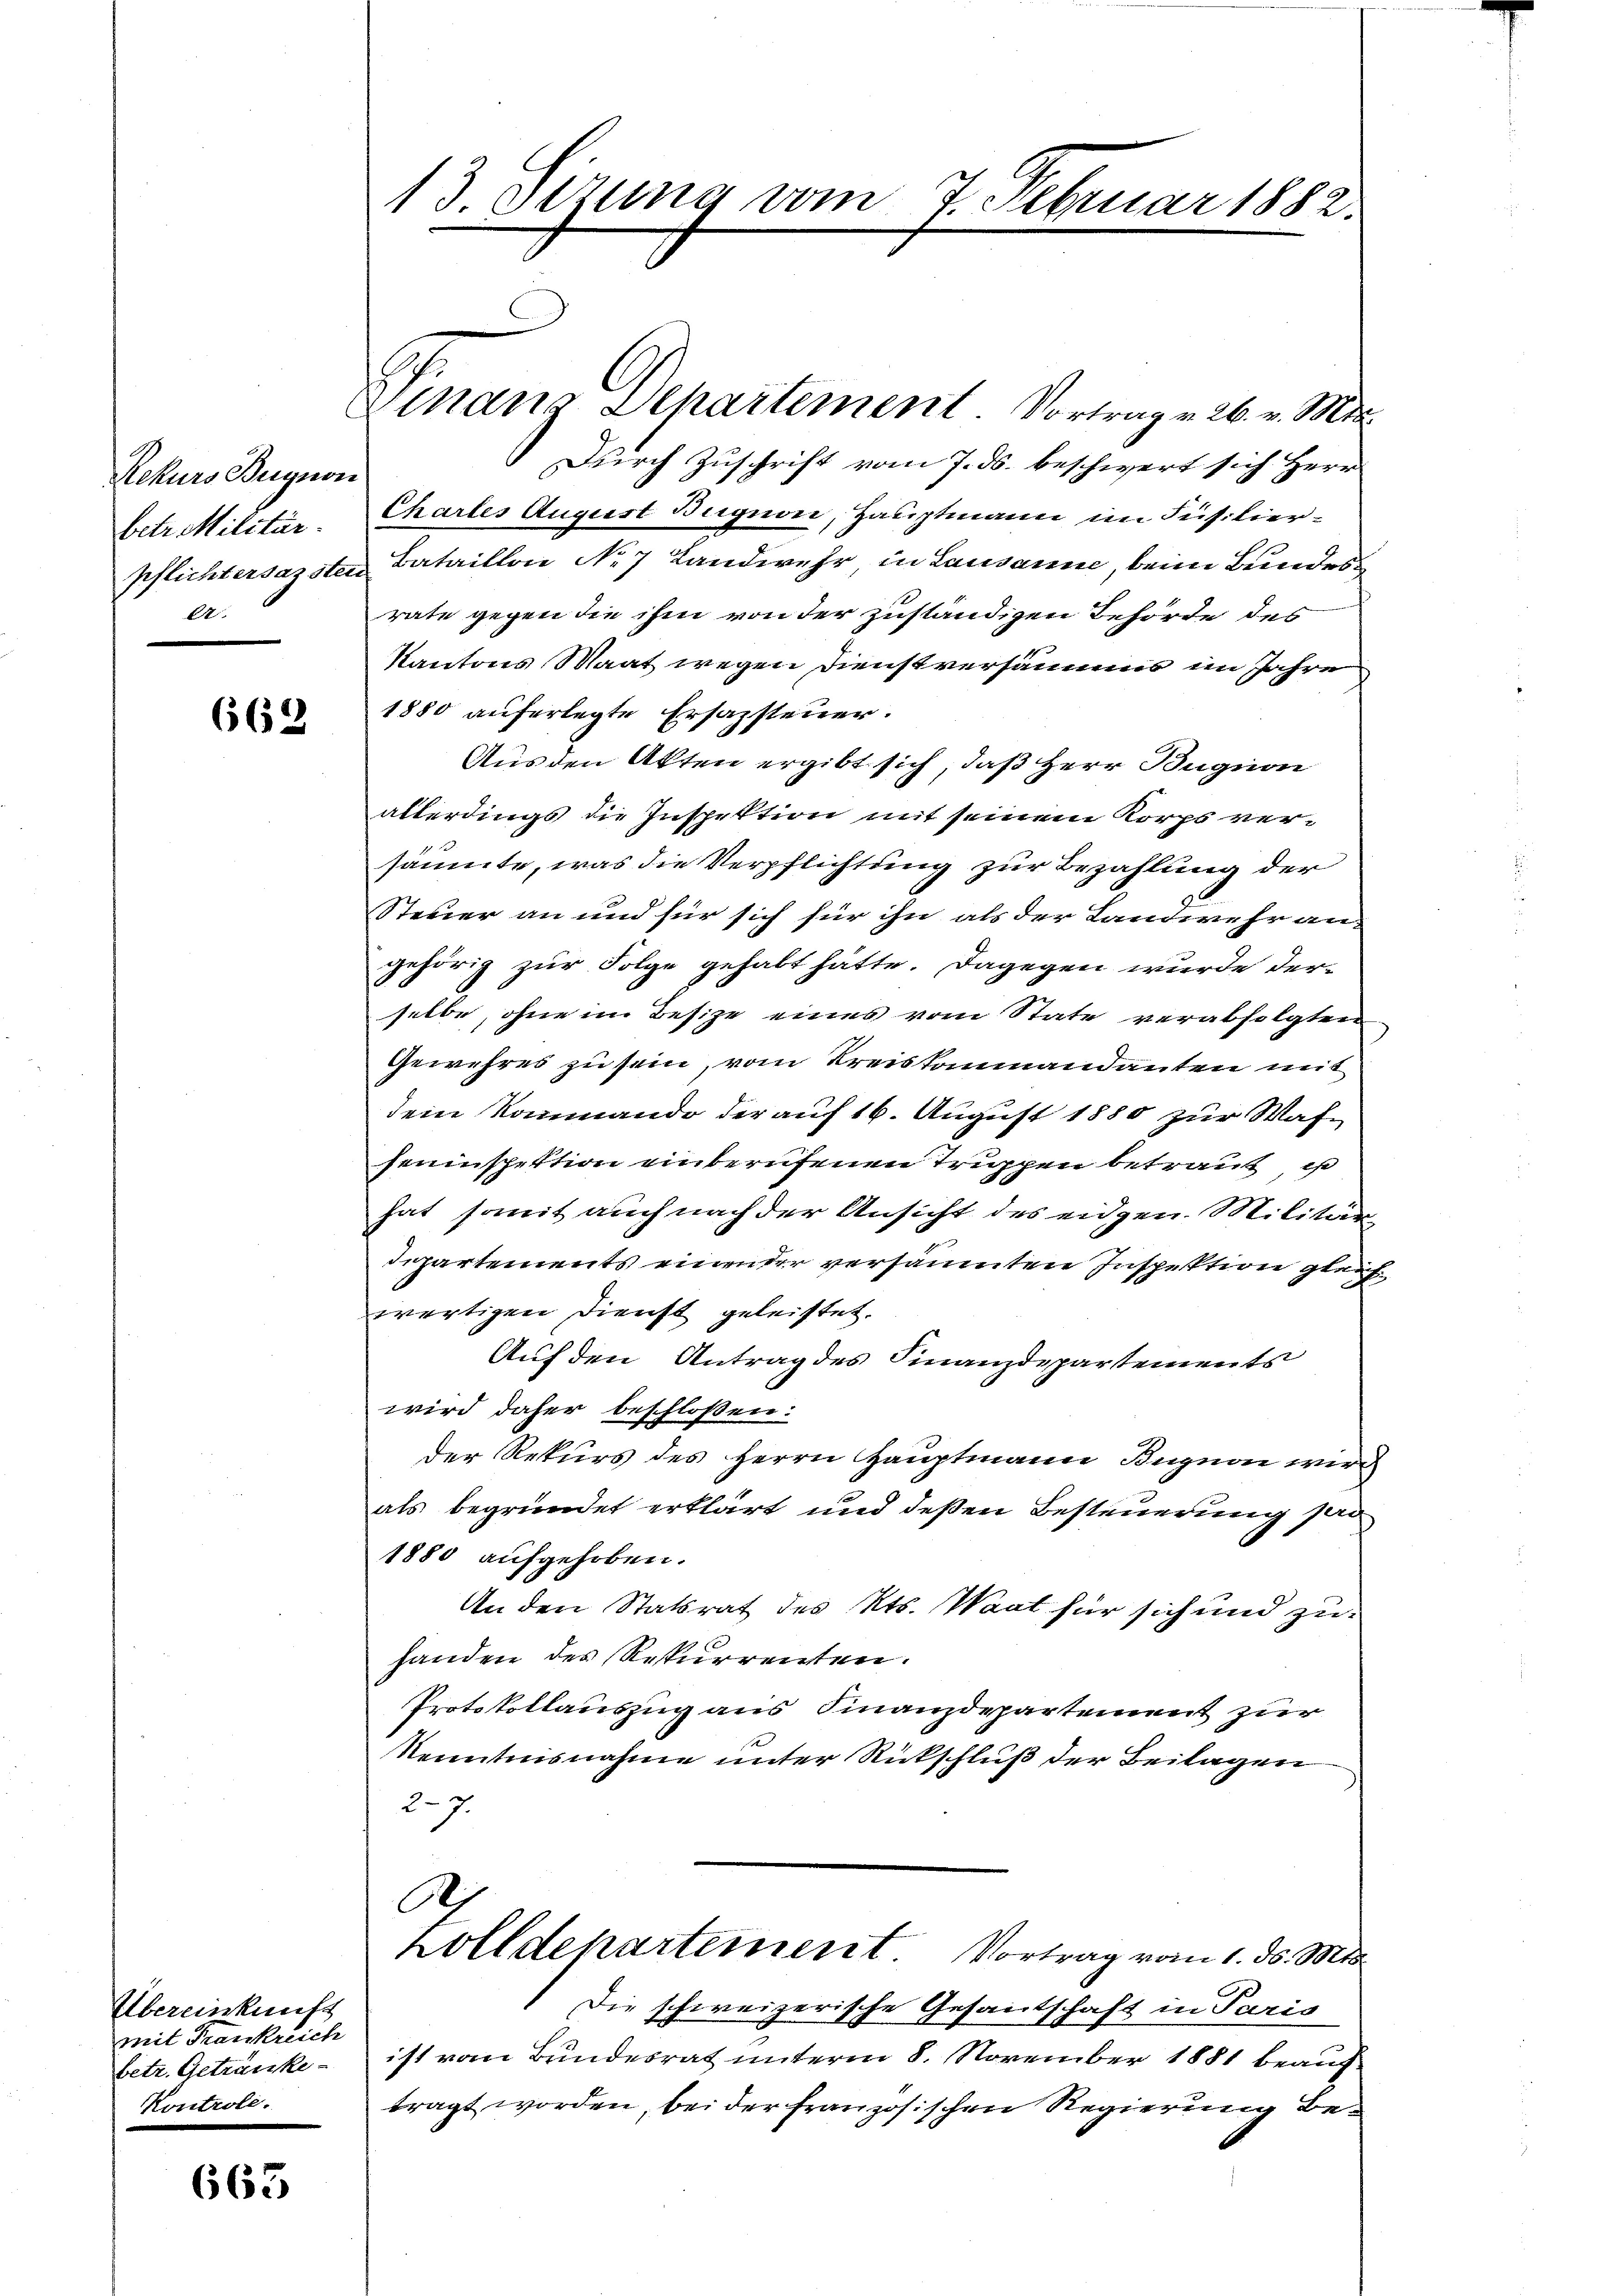
Rekurs Brignon
betr. Militär-
pflichtersagsten
.

662

Übereinkunft
mit Frankreich
betr. Getränke
Kontrole.

663

13 Setzung vom 7. Februar 1882.

Durch Zuschrift vom 7. ds. beschwert sich Herr
Chartes August Bergnon, Hauptmann im Füsilier-
Bataillon No 7 Landwehr in Lausanne, beim Bundesrate gegen die ihm von der zuständigen Behörde des
Kantons Maat wegen Dienstversammes im Jahre
1880 auferlegte Ersazsteuer.
Aus den Akten ergibt sich, daß Herr Bugnon
allerdings die Inspektion mit seinem Korps versäumte, was die Verpflichtung zur Bezahlung der
Steuer an und für sich für ihn als der Landwehr an-
gehörig zur Folge gehabt hätte. Dagegen wurde derselbe, ohne im Besize eines vom State verabfolgten
Gewehres zu sein, vom Kreiskommandanten mit
dem Kommando der auf 16. August 1880 zur Wafseninspektion einberufenen Truppen betraut, is
hat somit auch nach der Ansicht des eidgen. Militär-
departements einender versäumten Inspektion gleich
wärtigen Dienst geleistet.
Auf den Antrag des Finanzdepartements
wird daher beschloßen:
der Rekurs des Herrn Hauptmann Bugnon wird
als begründet erklärt und deßen Besteuerung sei
1880 aufgehoben.
An den Statsrat des Kts. Waat für sich und zuhanden des Rekurrenten.
Protokollauszug aus Finanzdepartement zur
Nenntnisnahme unter Rückschluß der Beilagen
27.
A
Zolldepartement Vortrag vom 1. ds. Mts.
Die schweizerische Gesantschaft in Paris
ist vom Bundesrat unterm 8. November 1881 beauf
tragt worden, bei der französischen Regierung be¬

Vinanz Departement. Vortrag v. 26. v. Mts.